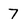
Character: 7